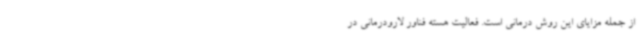
از جمله مزایای این روش درمانی است. فعالیت هسته فناور لارودرمانی در